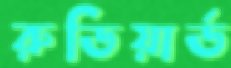
রুডিয়ার্ড